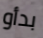
بدأو